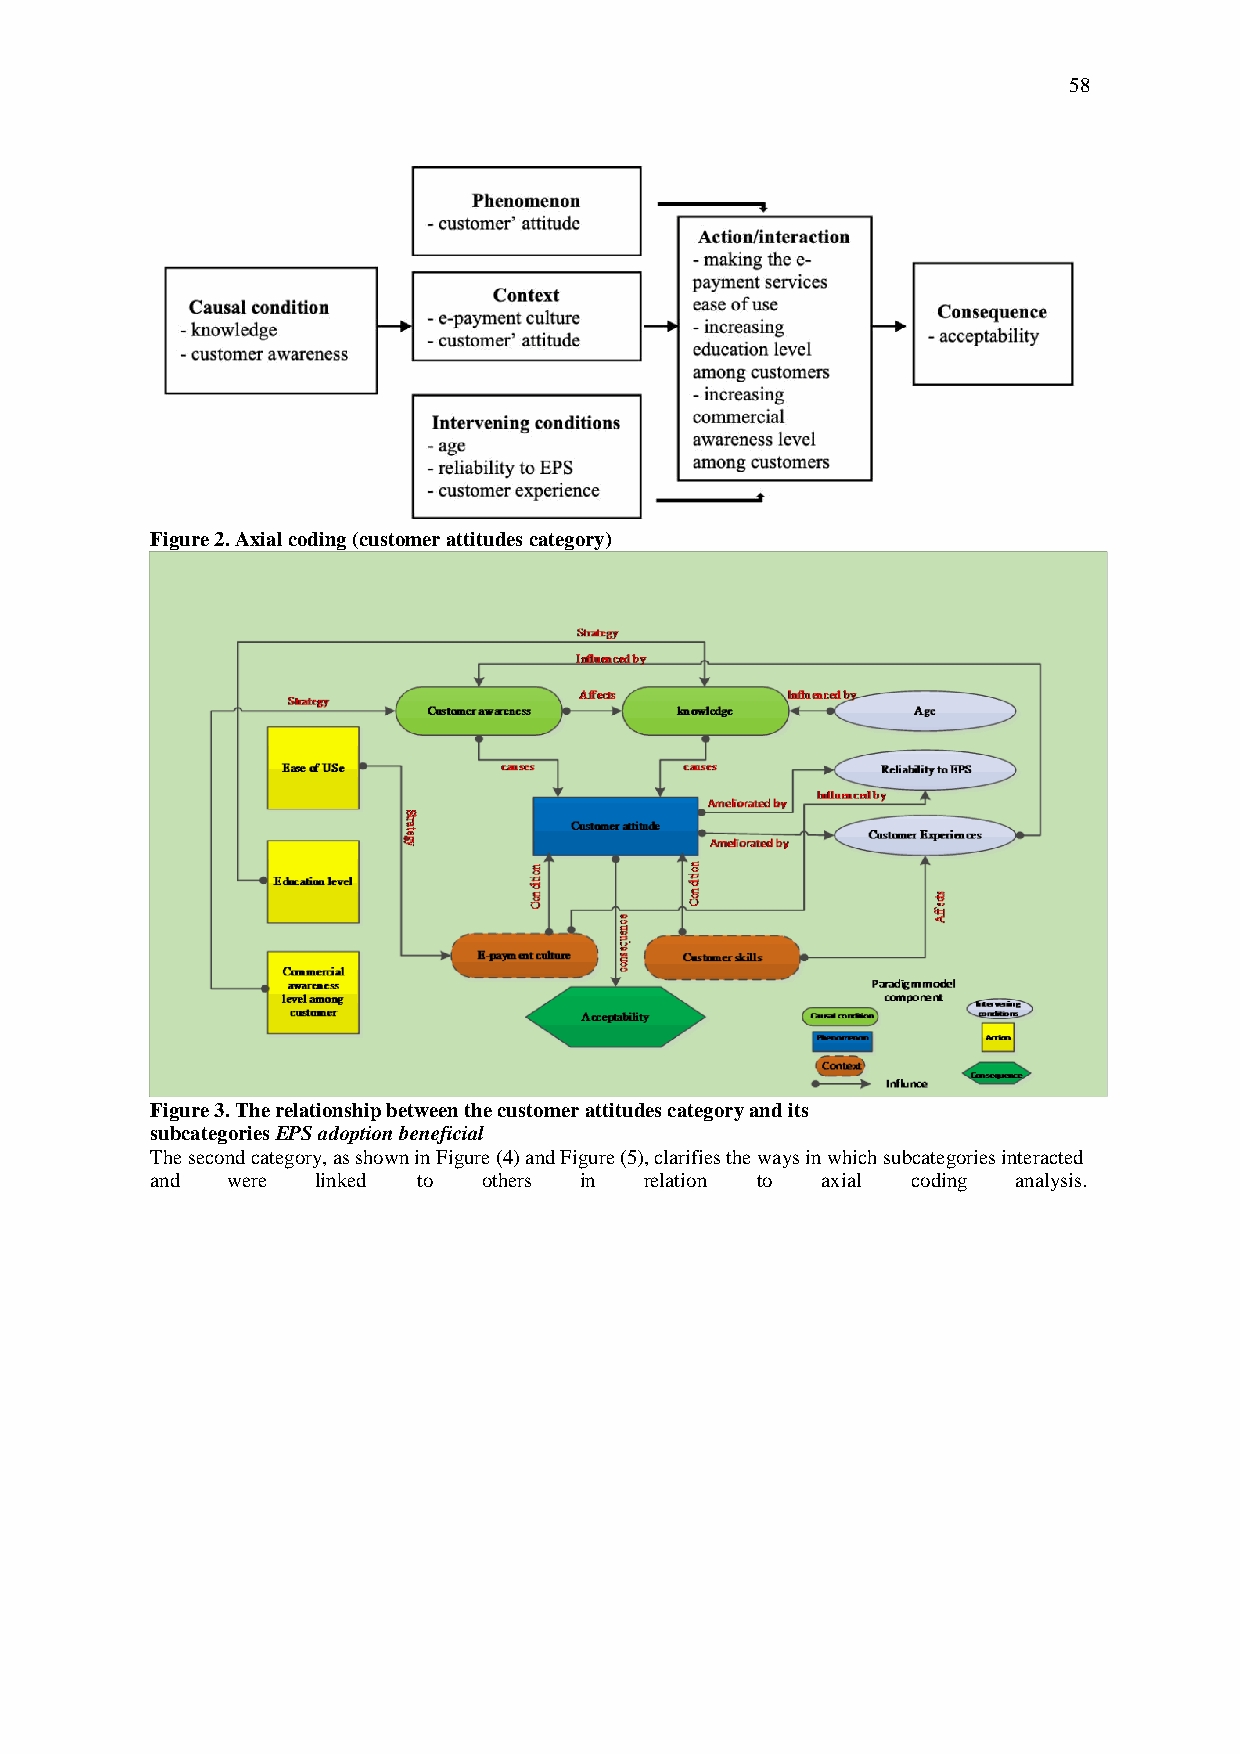
58
 Figure 2. Axial coding (customer attitudes category)
 Figure 3. The relationship between the customer attitudes category and its
 subcategories EPS adoption beneficial
 T he second category, as shown in Figure (4) and Figure (5), clarifies the ways in which subcategories interacted
 and  were  linked to  others in  relation to axial coding analysis.